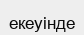
екеуінде